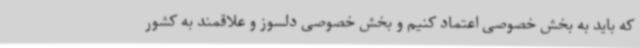
که باید به بخش خصوصی اعتماد کنیم و بخش خصوصی دلسوز و علاقمند به کشور